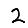
Digit: 2